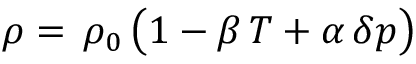
\rho = \, \rho _ { 0 } \, \big ( 1 - \beta \, T + \alpha \, \delta p \big )